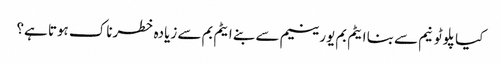
کیا پلوٹونیم سے بنا ایٹم بم یورینیم سے بنے ایٹم بم سے زیادہ خطرناک ہوتا ہے؟